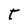
Character: t